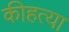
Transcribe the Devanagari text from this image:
कीहत्या